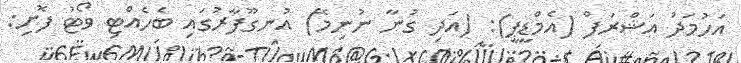
އަހުމަދު އަޝްރަފް (އެމްޑީޕީ): (އަދި ގުނާ ނުނިމޭ) އުނގޫފާރުގައި ބެހެއްޓި ވޯޓު ފޮށި: